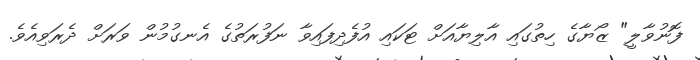
ފޮނުވާލީ" ޒޯޔާގެ ހިތުގައި އާލިޔާއަށް ޓަކައި އުފެދިފައިވާ ނަފުރަތުގެ އެނގުމުން ވަރަށް ދެރަވިއެވެ.